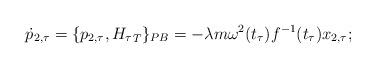
LaTeX: \begin{align*} \dot{p}_{2,\tau} = \{p_{2,\tau}, {H_{\tau}}_T\}_{PB} = - \lambda m\omega^2(t_\tau)f^{-1}(t_\tau)x_{2,\tau}; \end{align*}